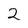
Character: 2